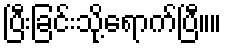
ပြီးခြင်းသို့ရောက်ပြီ။။